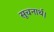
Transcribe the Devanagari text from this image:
सूचनार्थ।